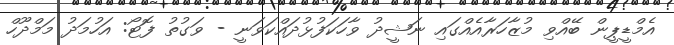
އެމްޑީޕީން ބޭއްވި މުޒާހަރާއެއްގައި ނަޝީދު ވާހަކަފުޅުދައްކަވަނީ - ވަގުތު ފޮޓޯ: އަހުމަދު މަމްދޫހް